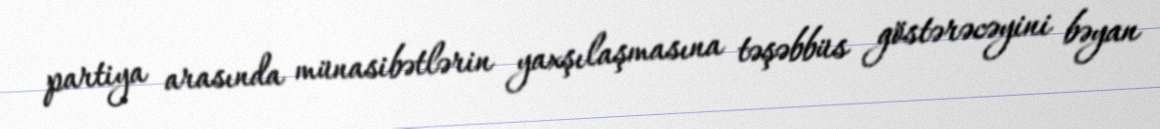
partiya arasında münasibətlərin yaxşılaşmasına təşəbbüs göstərəcəyini bəyan